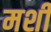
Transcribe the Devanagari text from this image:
मशीं